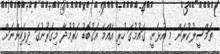
ތަމްސީލުކުރަން މި އުޅެނީ. ގައުމުގަ ހުރި އެއްމެ އަގުބޮޑު ހަރުމުދާ މިގަރުނުގަ ދިވެހިންނަށް